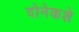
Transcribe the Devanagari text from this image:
दोनेकशे